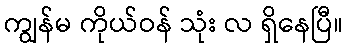
ကျွန်မ ကိုယ်ဝန် သုံး လ ရှိနေပြီ။